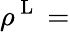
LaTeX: \rho^{\mathrm{~L~}}=